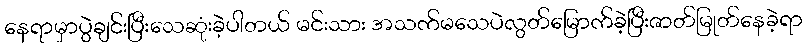
နေရာမှာပွဲချင်းပြီးသေဆုံးခဲ့ပါတယ် မင်းသား အသက်မသေပဲလွတ်မြောက်ခဲ့ပြီးဇာတ်မြုတ်နေခဲ့ရာ